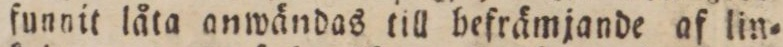
funnit låta anwändas till befrämjande af lin=